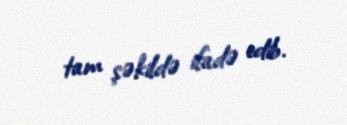
tam şəkildə ifadə edib.